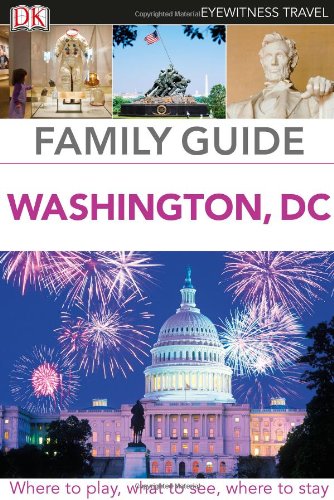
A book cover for Family Guide Washington, DC (Eyewitness Travel Family Guide); DK Publishing; Travel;